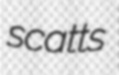
scatts